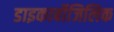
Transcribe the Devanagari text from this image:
डाइकार्बोजिलिक